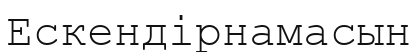
Ескендірнамасын